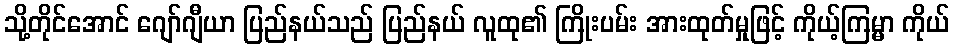
သို့တိုင်အောင် ဂျော်ဂျီယာ ပြည်နယ်သည် ပြည်နယ် လူထု၏ ကြိုးပမ်း အားထုတ်မှုဖြင့် ကိုယ့်ကြမ္မာ ကိုယ်